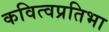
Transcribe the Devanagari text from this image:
कवित्वप्रतिभा